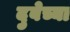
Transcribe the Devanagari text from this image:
दुबेच्या